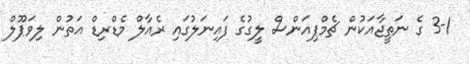
3-1 ގެ ނަތީޖާއަކުން ޗެމްޕިއަންސް ލީގުގެ ފައިނަލުގައި ރެއާލް މެޑްރިޑް އަތުން ލިވަޕޫލް